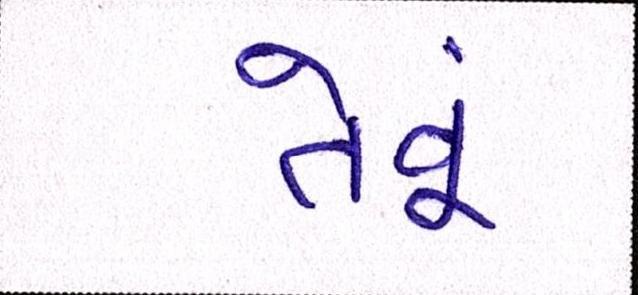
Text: તેવૂં